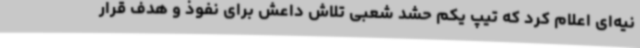
نیه‌ای اعلام کرد که تیپ یکم حشد شعبی تلاش داعش برای نفوذ و هدف قرار